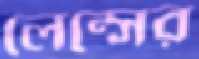
লেন্সের